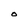
Character: O